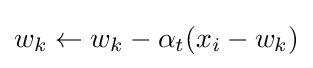
w_{k}\leftarrow w_{k}-\alpha _{t}(x_{i}-w_{k})